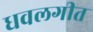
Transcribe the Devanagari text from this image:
धवलगीत